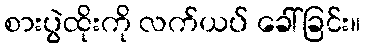
စားပွဲထိုးကို လက်ယပ် ခေါ်ခြင်း။